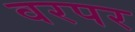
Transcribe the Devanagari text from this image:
वरपर